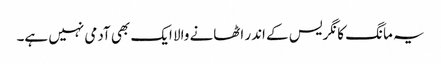
یہ مانگ کانگریس کے اندر اٹھانے والا ایک بھی آدمی نہیں ہے۔